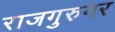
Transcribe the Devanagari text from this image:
राजगुरुगर